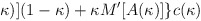
\begin{align*}\kappa )](1-\kappa )+\kappa M'[A(\kappa )]\}c(\kappa )\end{align*}